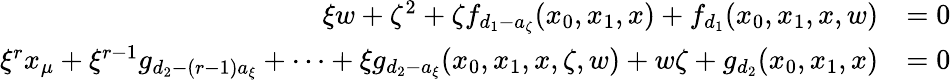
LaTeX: \begin{array}{rl}{\xi w+\zeta^{2}+\zeta f_{d_{1}-a_{\zeta}}(x_{0},x_{1},x)+f_{d_{1}}(x_{0},x_{1},x,w)}&{=0}\\ {\xi^{r}x_{\mu}+\xi^{r-1}g_{d_{2}-(r-1)a_{\xi}}+\cdots+\xi g_{d_{2}-a_{\xi}}(x_{0},x_{1},x,\zeta,w)+w\zeta+g_{d_{2}}(x_{0},x_{1},x)}&{=0}\end{array}